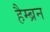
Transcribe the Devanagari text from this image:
हैम्ब्रन